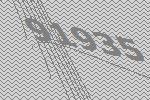
91935